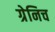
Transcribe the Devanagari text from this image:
ग्रेनिच